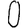
Digit: 0